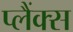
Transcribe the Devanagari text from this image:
प्लैंक्स